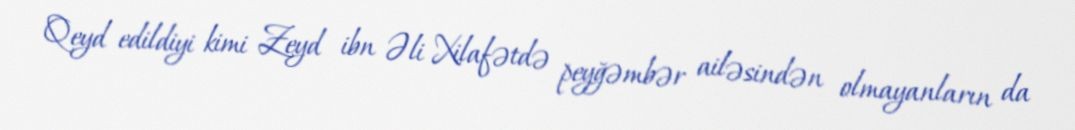
Qeyd edildiyi kimi Zeyd ibn Əli Xilafətdə peyğəmbər ailəsindən olmayanların da